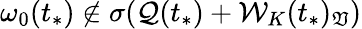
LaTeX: \omega_{0}(t_{*})\not\in\sigma(\mathcal{Q}(t_{*})+\mathcal{W}_{K}(t_{*})_{\mathfrak{V}})